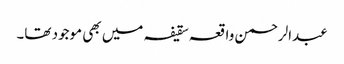
عبدالرحمن واقعہ سقیفہ میں بھی موجود تھا۔